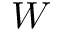
W